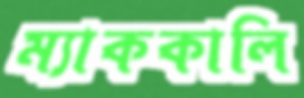
ম্যাককালি